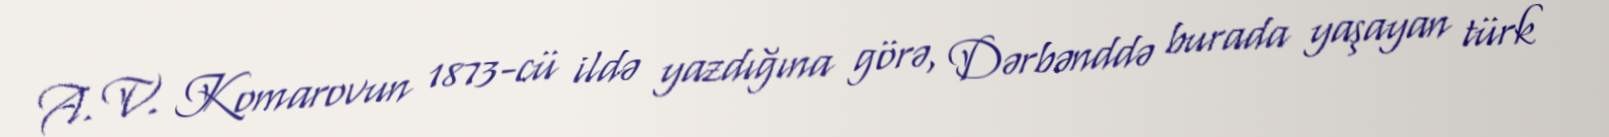
A. V. Komarovun 1873-cü ildə yazdığına görə, Dərbənddə burada yaşayan türk